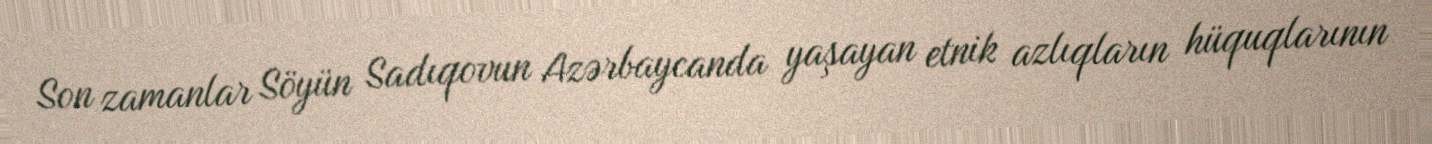
Son zamanlar Söyün Sadıqovun Azərbaycanda yaşayan etnik azlıqların hüquqlarının